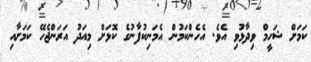
ކަމަށް ޝަހީމް ވިދާޅުވި އެވެ. އެހެންކަމުން އެމަނިކުފާނުގެ ކޮޅަށް މިއަދު އަރަންޖެހޭ ކަމަށާއި